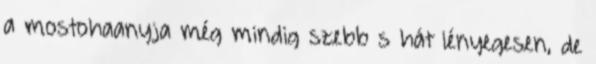
a mostohaanyja még mindig szebb s hát lényegesen, de